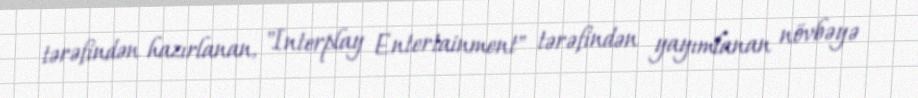
tərəfindən hazırlanan, "Interplay Entertainment" tərəfindən yayımlanan növbəyə